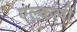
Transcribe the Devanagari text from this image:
एल्कली